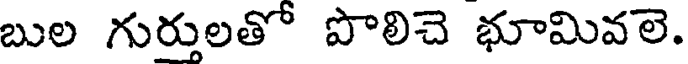
బుల గుర్తులతో పొలిచె భూమివలె.